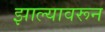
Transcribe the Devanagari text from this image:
झाल्यावरून